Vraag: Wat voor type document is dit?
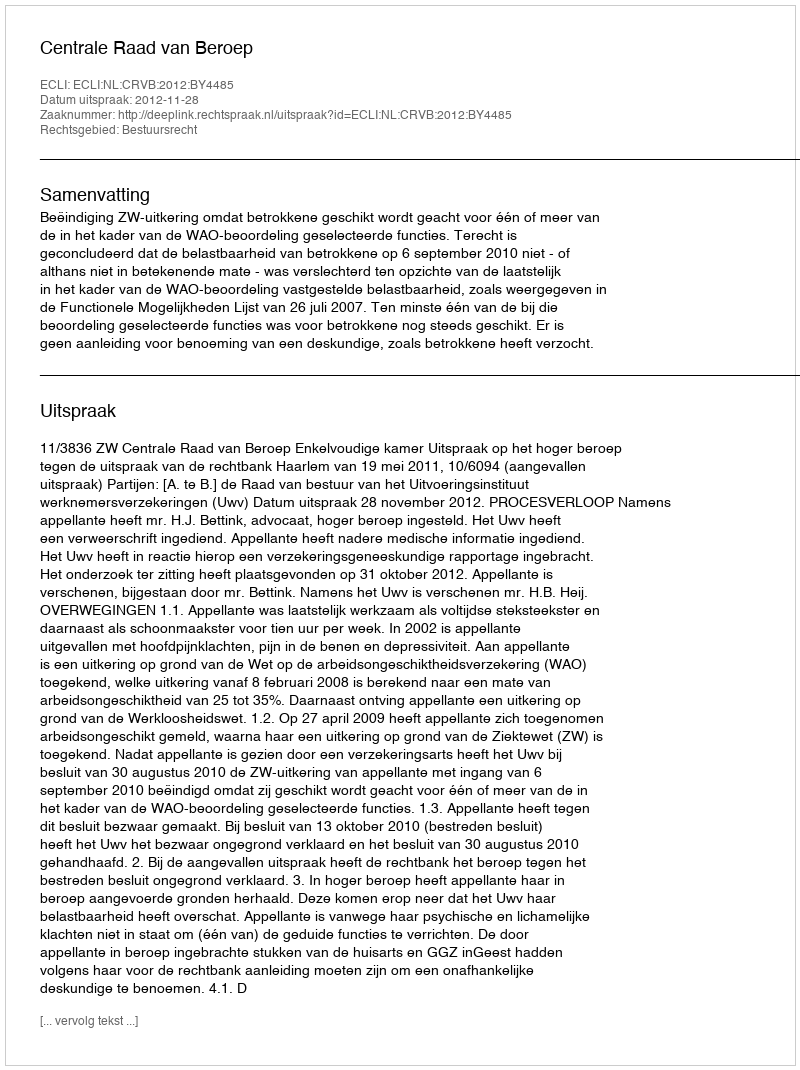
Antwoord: Uitspraak